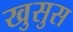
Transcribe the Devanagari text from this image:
खुसुस